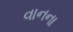
વાનના